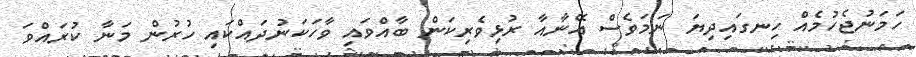
ހަމަނުޖެހުމެއް ހިނގައިދިޔަ ނަމަވެސް އޭނާއާ ރުޅިވެރިކަން ބާއްވައި ވާހަކަނުދައްކައި ހުރުން މަނާ ކުރައްވަ